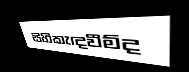
සිහිකැඳවීම්ද